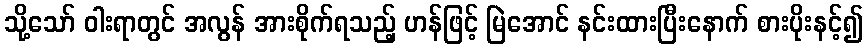
သို့သော် ဝါးရာတွင် အလွန် အားစိုက်ရသည့် ဟန်ဖြင့် မြဲအောင် နင်းထားပြီးနောက် စားပိုးနင့်၍